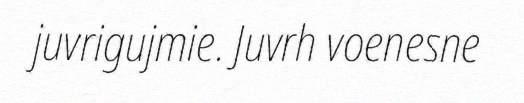
juvrigujmie. Juvrh voenesne